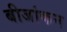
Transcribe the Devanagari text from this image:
बीजांकन